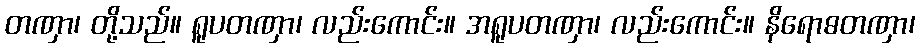
တဏှာ၊ တို့သည်။ ရူပတဏှာ၊ လည်းကောင်း။ အရူပတဏှာ၊ လည်းကောင်း။ နိရောဓတဏှာ၊